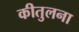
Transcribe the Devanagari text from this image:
कीतुलना